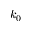
k _ { 0 }